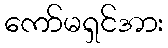
ကော်မရှင်အား